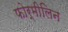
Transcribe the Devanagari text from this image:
फोर्मीलिन